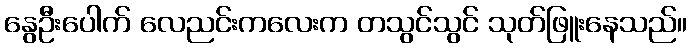
နွေဦးပေါက် လေညင်းကလေးက တသွင်သွင် သုတ်ဖြူးနေသည်။